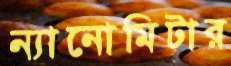
ন্যানোমিটার